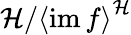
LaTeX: \mathcal{H}/{\left\langle\operatorname{im}f\right\rangle}^{\mathcal{H}}